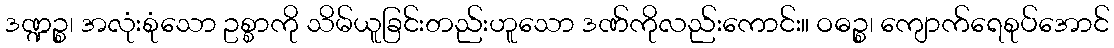
ဒဏ္ဍဉ္စ၊ အလုံးစုံသော ဥစ္စာကို သိမ်ယူခြင်းတည်းဟူသော ဒဏ်ကိုလည်းကောင်း။ ဝဓဉ္စ၊ ကျောက်ရေစုပ်အောင်